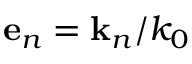
\mathbf { e } _ { n } = \mathbf { k } _ { n } / k _ { 0 }